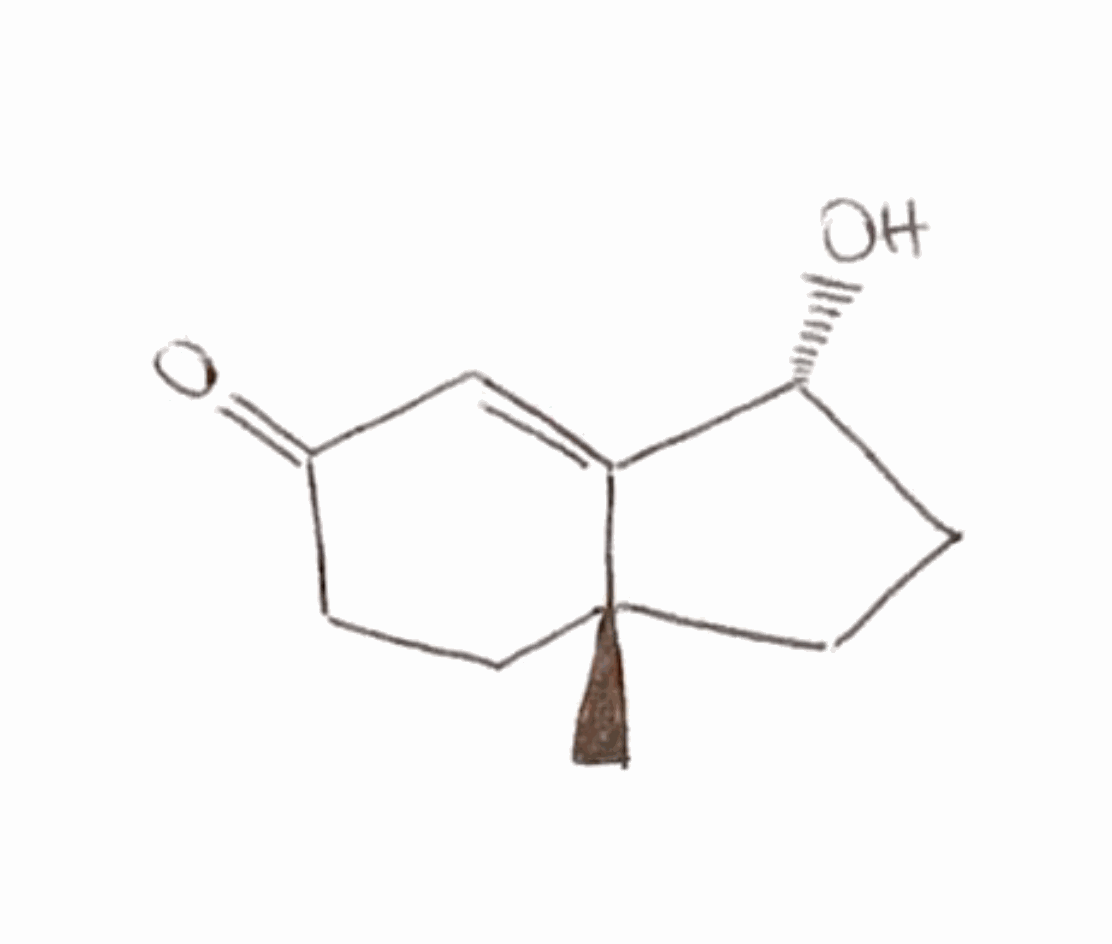
Simplified molecular-input line-entry system (SMILES) notation of the given molecule:
C[C@]12CC[C@H](C1=CC(=O)CC2)O